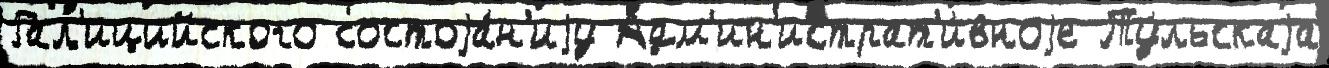
Гал'ицийского состоjа́н'иjу Адм'ин'истрат'и́вноjе Ту́льскаjа